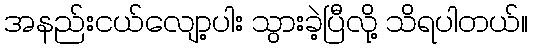
အနည်းငယ်လျော့ပါး သွားခဲ့ပြီလို့ သိရပါတယ်။